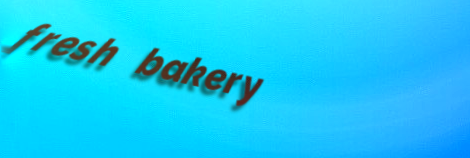
fresh bakery